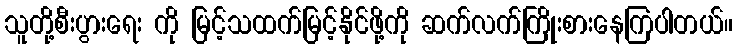
သူတို့စီးပွားရေး ကို မြင့်သထက်မြင့်နိုင်ဖို့ကို ဆက်လက်ကြိုးစားနေကြပါတယ်။